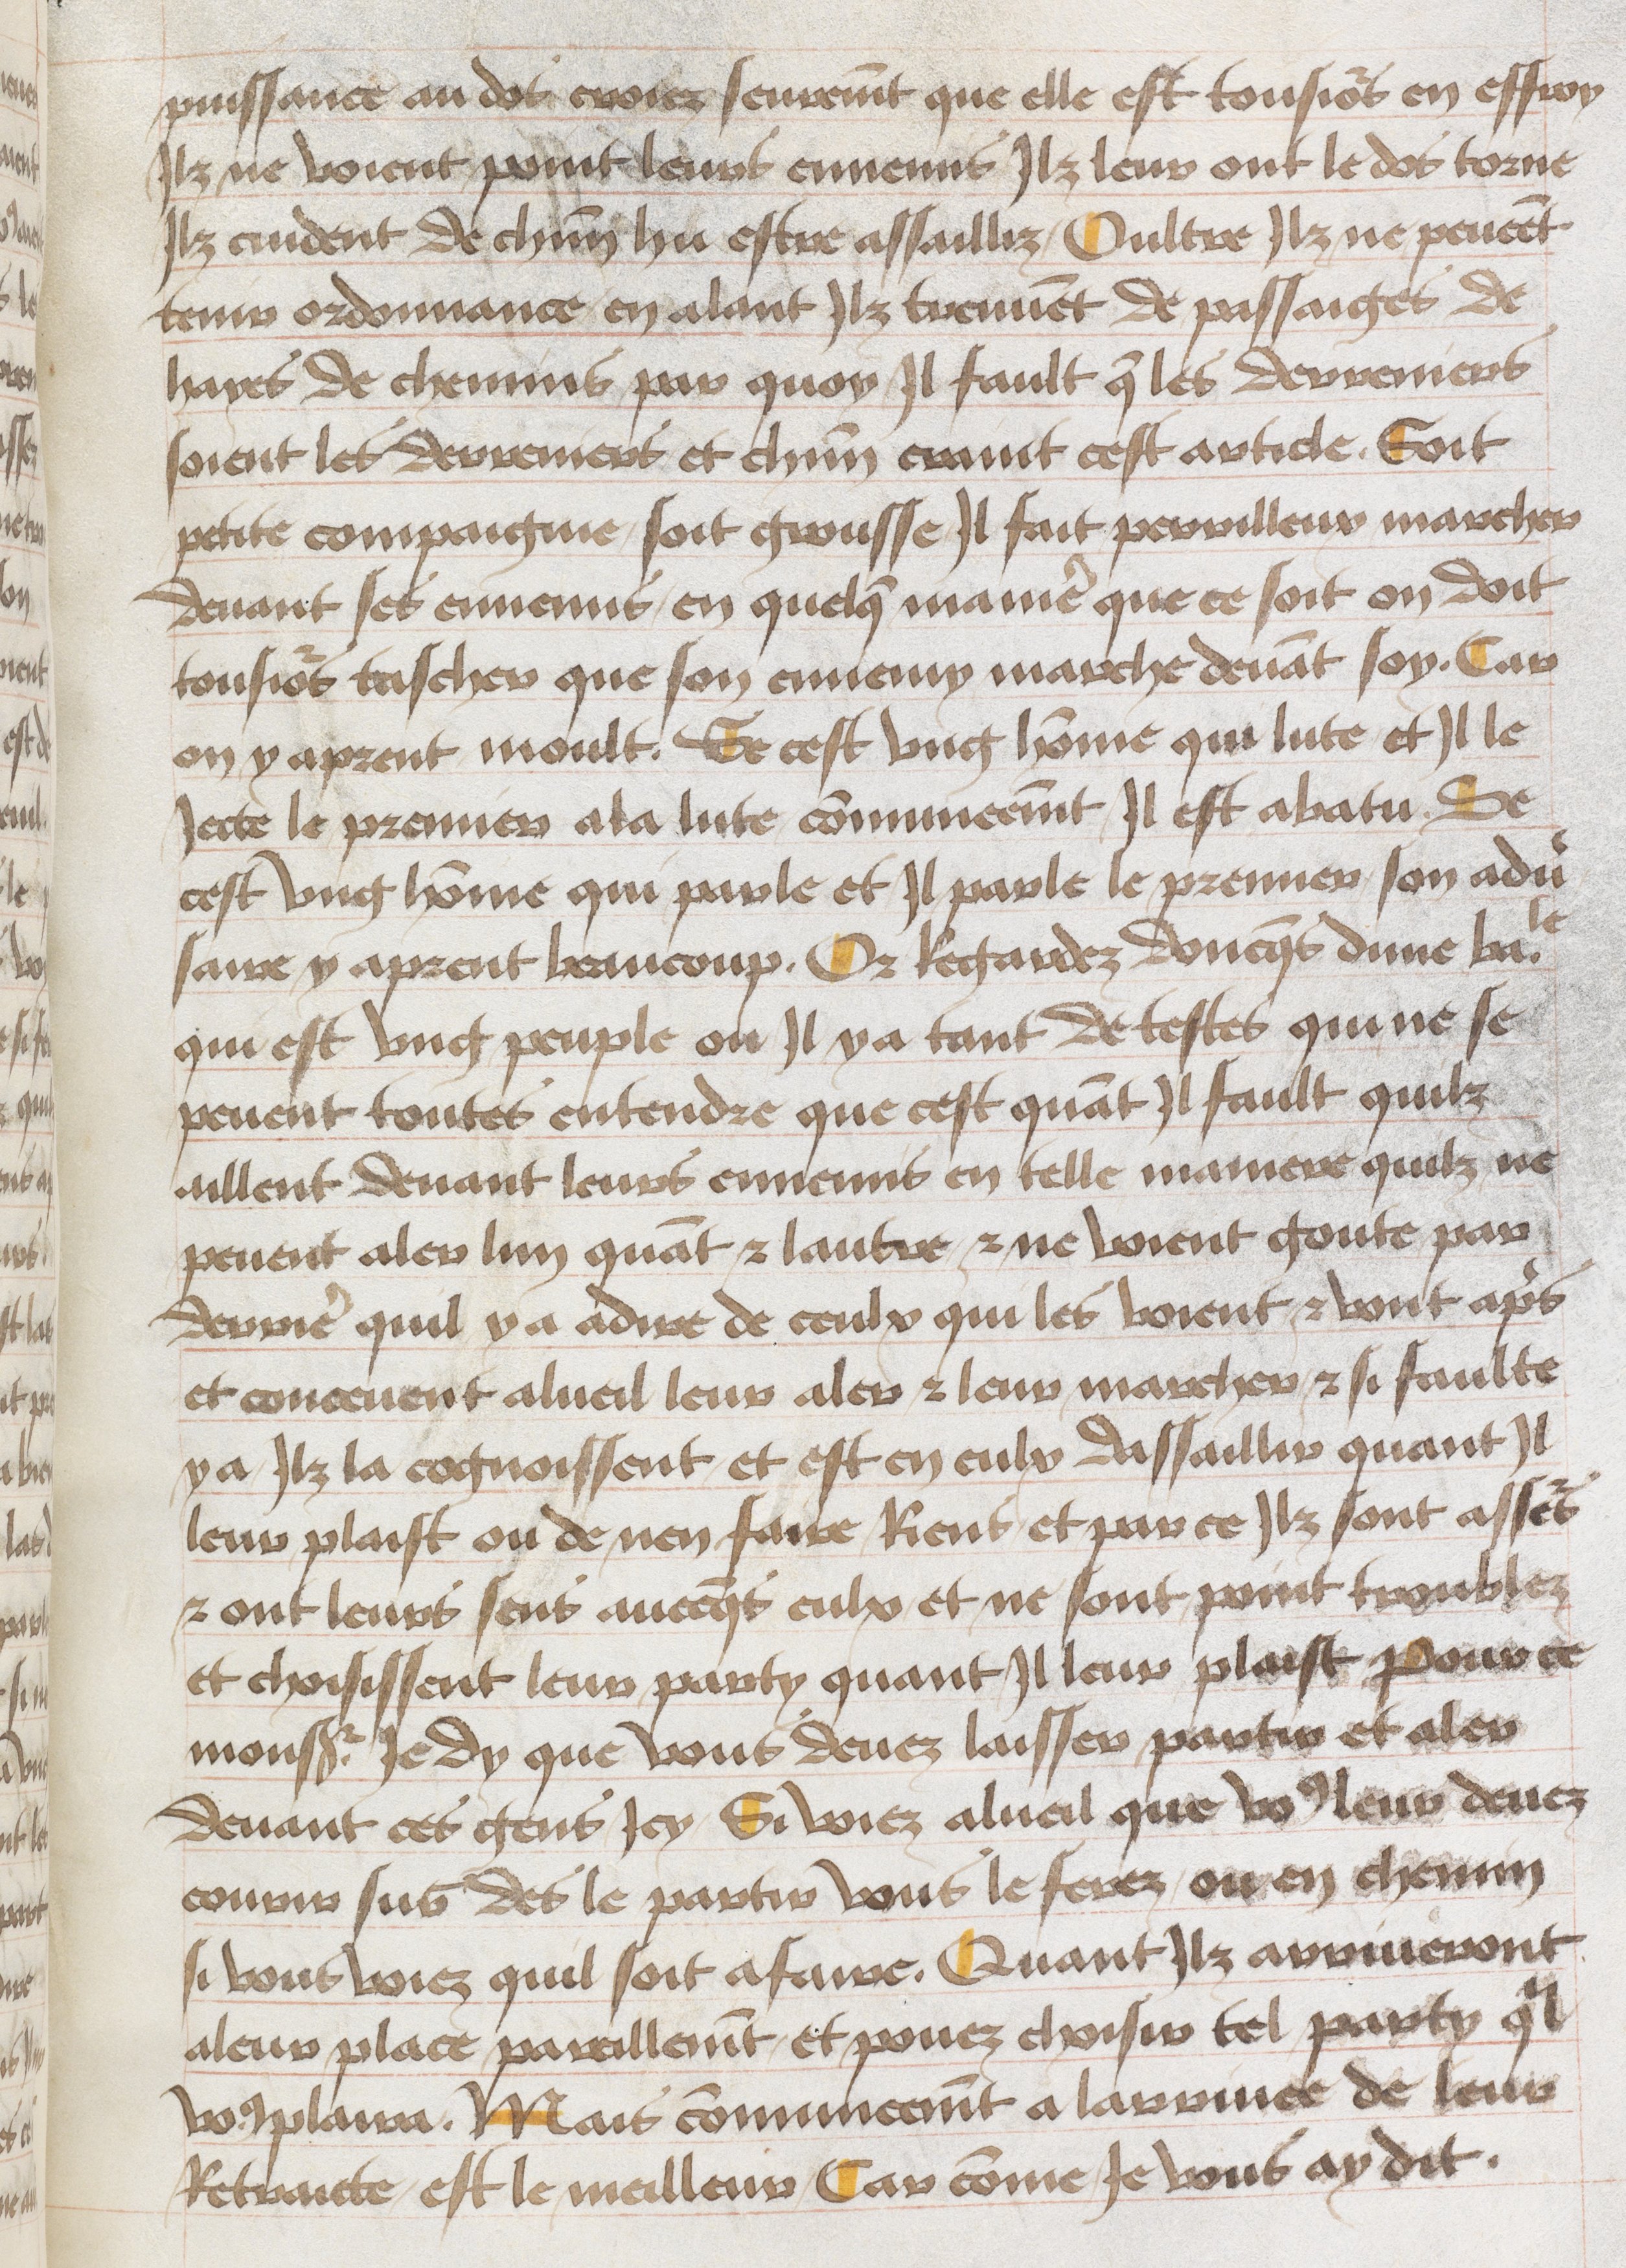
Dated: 1465–1480